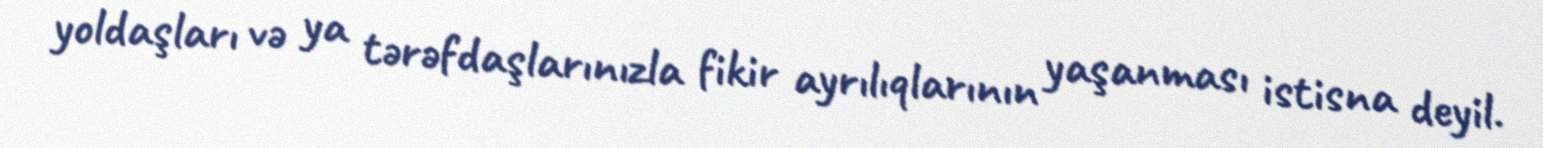
yoldaşları və ya tərəfdaşlarınızla fikir ayrılıqlarının yaşanması istisna deyil.